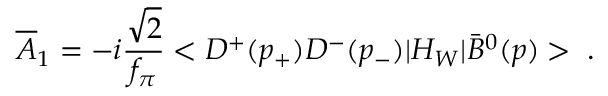
{ \overline { { { \cal A } } } } _ { 1 } = - i { \frac { \sqrt { 2 } } { f _ { \pi } } } < D ^ { + } ( p _ { + } ) D ^ { - } ( p _ { - } ) | H _ { W } | { \bar { B } } ^ { 0 } ( p ) > \; .